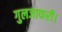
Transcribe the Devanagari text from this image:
गुलजाफरी।